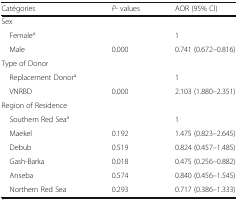
| Catégories | P- values | AOR (95% CI) |
 | --- | --- | --- |
 | <COLSPAN=3> Sex |
 | Femalea |  | 1 |
 | Male | 0.000 | 0.741 (0.672–0.816) |
 | <COLSPAN=3> Type of Donor |
 | Replacement Donora |  | 1 |
 | VNRBD | 0.000 | 2.103 (1.880–2.351) |
 | <COLSPAN=3> Region of Residence |
 | Southern Red Seaa |  | 1 |
 | Maekel | 0.192 | 1.475 (0.823–2.645) |
 | Debub | 0.519 | 0.824 (0.457–1.485) |
 | Gash-Barka | 0.018 | 0.475 (0.256–0.882) |
 | Anseba | 0.574 | 0.840 (0.456–1.545) |
 | Northern Red Sea | 0.293 | 0.717 (0.386–1.333) |